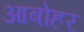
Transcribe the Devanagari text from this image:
आबोहर